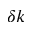
\delta k